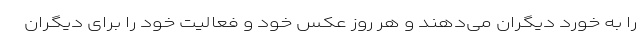
را به خورد دیگران می‌دهند و هر روز عکس خود و فعالیت خود را برای دیگران